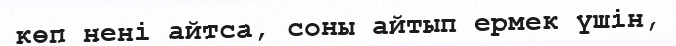
көп нені айтса, соны айтып ермек үшін,